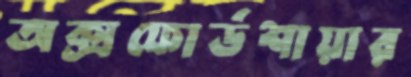
অক্সফোর্ডশায়ার